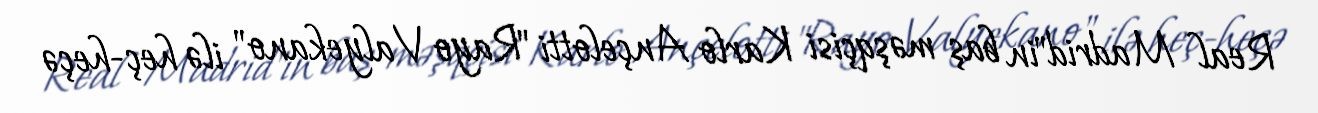
Real Madrid"in baş məşqçisi Karlo Ançelotti "Rayo Valyekano" ilə heç-heçə